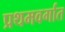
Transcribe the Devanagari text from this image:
प्रथमवर्गात